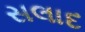
સલાદ